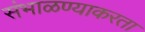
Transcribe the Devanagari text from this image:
संभाळण्याकरता